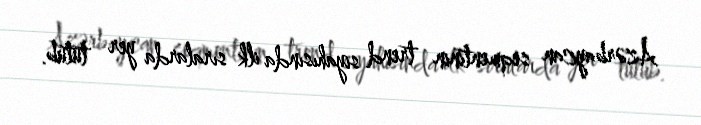
Azərbaycan seqmentinin trend siyahısında ilk sıralarda yer tutub.